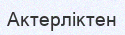
Актерліктен